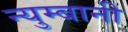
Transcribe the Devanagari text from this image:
न्युम्बानी